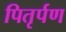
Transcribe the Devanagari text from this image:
पितृर्पण